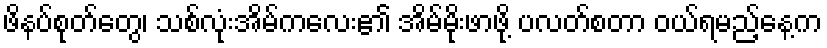
ဖိနပ်စုတ်တွေ၊ သစ်လုံးအိမ်ကလေး၏ အိမ်မိုးဖာဖို့ ပလတ်စတာ ဝယ်ရမည့်နေ့က